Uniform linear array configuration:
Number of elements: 16
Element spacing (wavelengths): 1
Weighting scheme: blackman
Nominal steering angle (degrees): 60
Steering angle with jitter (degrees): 60.81
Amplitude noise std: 0.05
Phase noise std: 0.05

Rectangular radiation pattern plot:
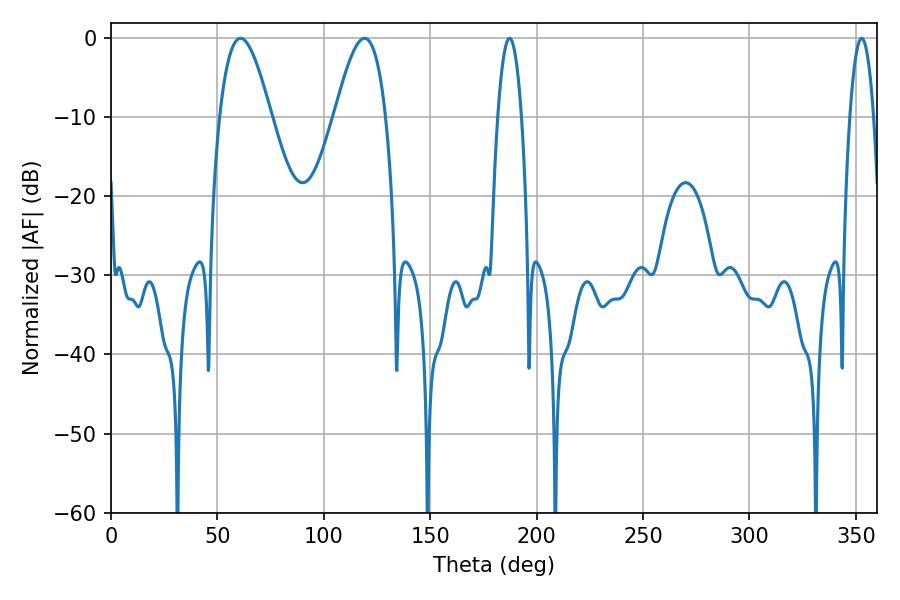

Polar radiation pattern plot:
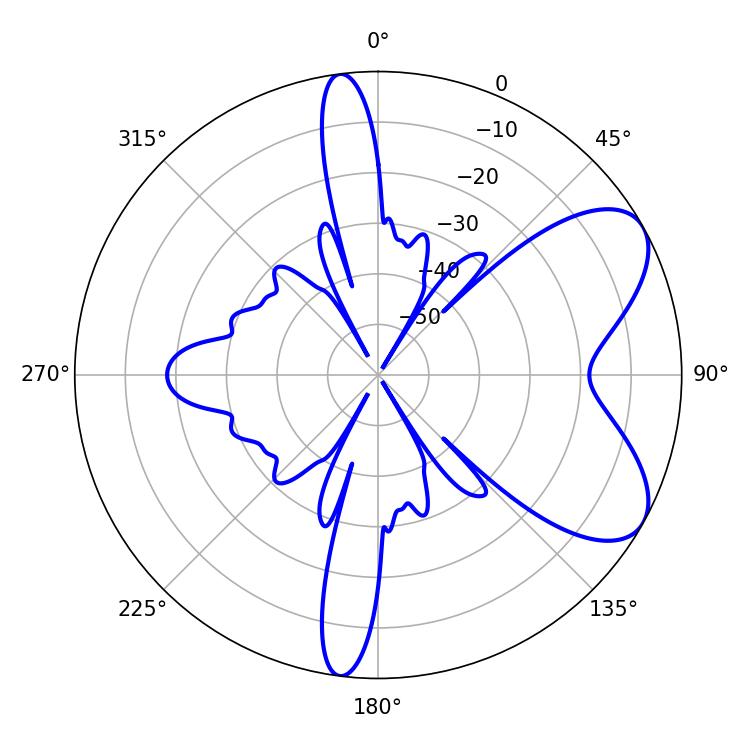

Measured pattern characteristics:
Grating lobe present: TRUE
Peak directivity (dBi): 6.877
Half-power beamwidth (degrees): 12.96
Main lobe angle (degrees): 60.84